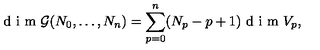
\textrm { d i m } \mathcal { G } ( N _ { 0 } , \ldots , N _ { n } ) = \sum _ { p = 0 } ^ { n } ( N _ { p } - p + 1 ) \textrm { d i m } V _ { p } ,